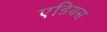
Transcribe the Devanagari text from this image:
एडियस